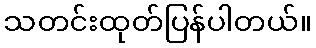
သတင်းထုတ်ပြန်ပါတယ်။